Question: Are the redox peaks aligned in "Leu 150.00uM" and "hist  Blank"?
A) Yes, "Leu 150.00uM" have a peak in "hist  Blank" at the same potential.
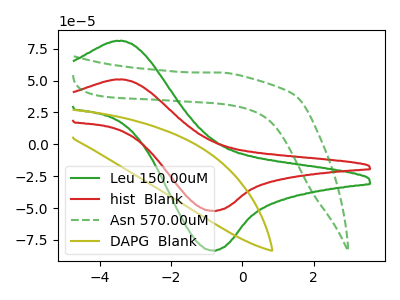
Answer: <think>The green curve "Leu 150.00uM" has an anodic peak at (-3.35V, 80.95uA) and a cathodic peak at (-0.80V, -83.45uA). The red curve "hist  Blank" has an anodic peak at (-3.35V, 50.75uA) and a cathodic peak at (-0.80V, -52.30uA). The green dashed curve "Asn 570.00uM" has no peaks. The olive curve "DAPG  Blank" has no peaks.</think>
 <answer>A) Yes, "Leu 150.00uM" have a peak in "hist  Blank" at the same potential.</answer>
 <eval>A</eval>